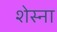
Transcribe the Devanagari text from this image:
शेस्ना